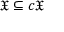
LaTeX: { \mathfrak { X } } \subseteq c { \mathfrak { X } }